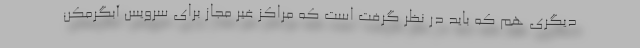
دیگری هم که باید در نظر گرفت است که مراکز غیر مجاز برای سرویس آبگرمکن